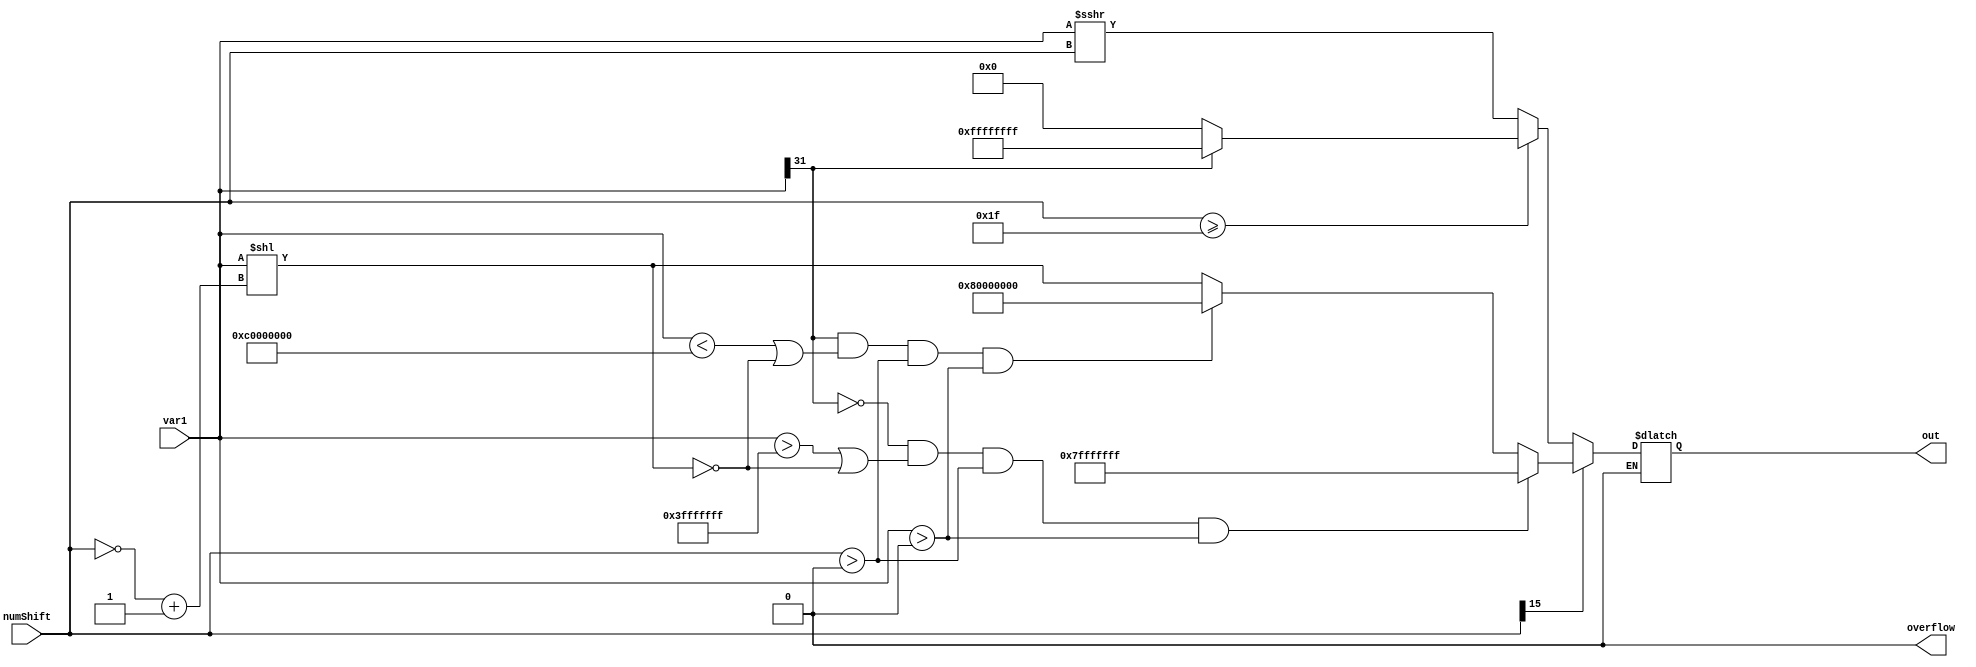
`timescale 1ns / 1ps
//////////////////////////////////////////////////////////////////////////////////
// Mississippi State University 
// ECE 4532-4542 Senior Design
// 
// Module Name:    L_shr.v
// Project Name: 	 ITU G.729 Hardware Implementation
// Target Devices: Virtex 5
// Tool versions:  Xilinx 9.2i
// Description: 	This is a function that shifts var1 right by numShift and places the result in out.
// 					If numShift is negative, this right shifter will invert numShift and shift right by +numShift.
//						It does not function exactly as the L_shr, because if numShift is negative in the C-model, it will call L_shl.
//						This functionality could be changed if needed.

// Dependencies: 	 N/A
//
// Revision: 
// Revision 0.01 - File Created
// Additional Comments: 
//
//////////////////////////////////////////////////////////////////////////////////
module L_shr(var1,numShift,overflow,out);

//Inputs
input signed [15:0] numShift;
input signed [31:0] var1;

//Outputs
output reg signed [31:0] out;
output reg overflow;

//Internal wires
wire [15:0] negNumShift;
wire [31:0] L_shlOut;

//Max and min parameters
parameter OUTPUT_MAX = 32'h7fff_ffff;
parameter OUTPUT_MIN = 32'h8000_0000;
parameter INPUT_MAX = 32'h3fff_ffff;
parameter INPUT_MIN = 32'hc000_0000;

assign negNumShift = (~numShift) + 16'd1;
assign L_shlOut = var1 << negNumShift;

always @(*) 
begin
	overflow = 0;
	
	if(numShift[15] == 1) 
	begin //if1
		if((var1[31] == 0) && (var1 > INPUT_MAX || L_shlOut == 0) && (numShift>0)&& (var1>0))
			out = OUTPUT_MAX;
		else if((var1[31] == 1) && (var1 < INPUT_MIN || L_shlOut == 0)&&(numShift>0)&& (var1>0)) 
			out = OUTPUT_MIN;
		else
			out = L_shlOut;
	end//if1	
	
	else //else1
	begin
		if(numShift >= 31) 
		begin//if2
			if(var1[31] == 1)
				out = -1;
			else if(var1[31] == 0)
				out = 0;
		end//if2
			
		else
			out = var1 >>> numShift;
	end//else1


end //always


endmodule